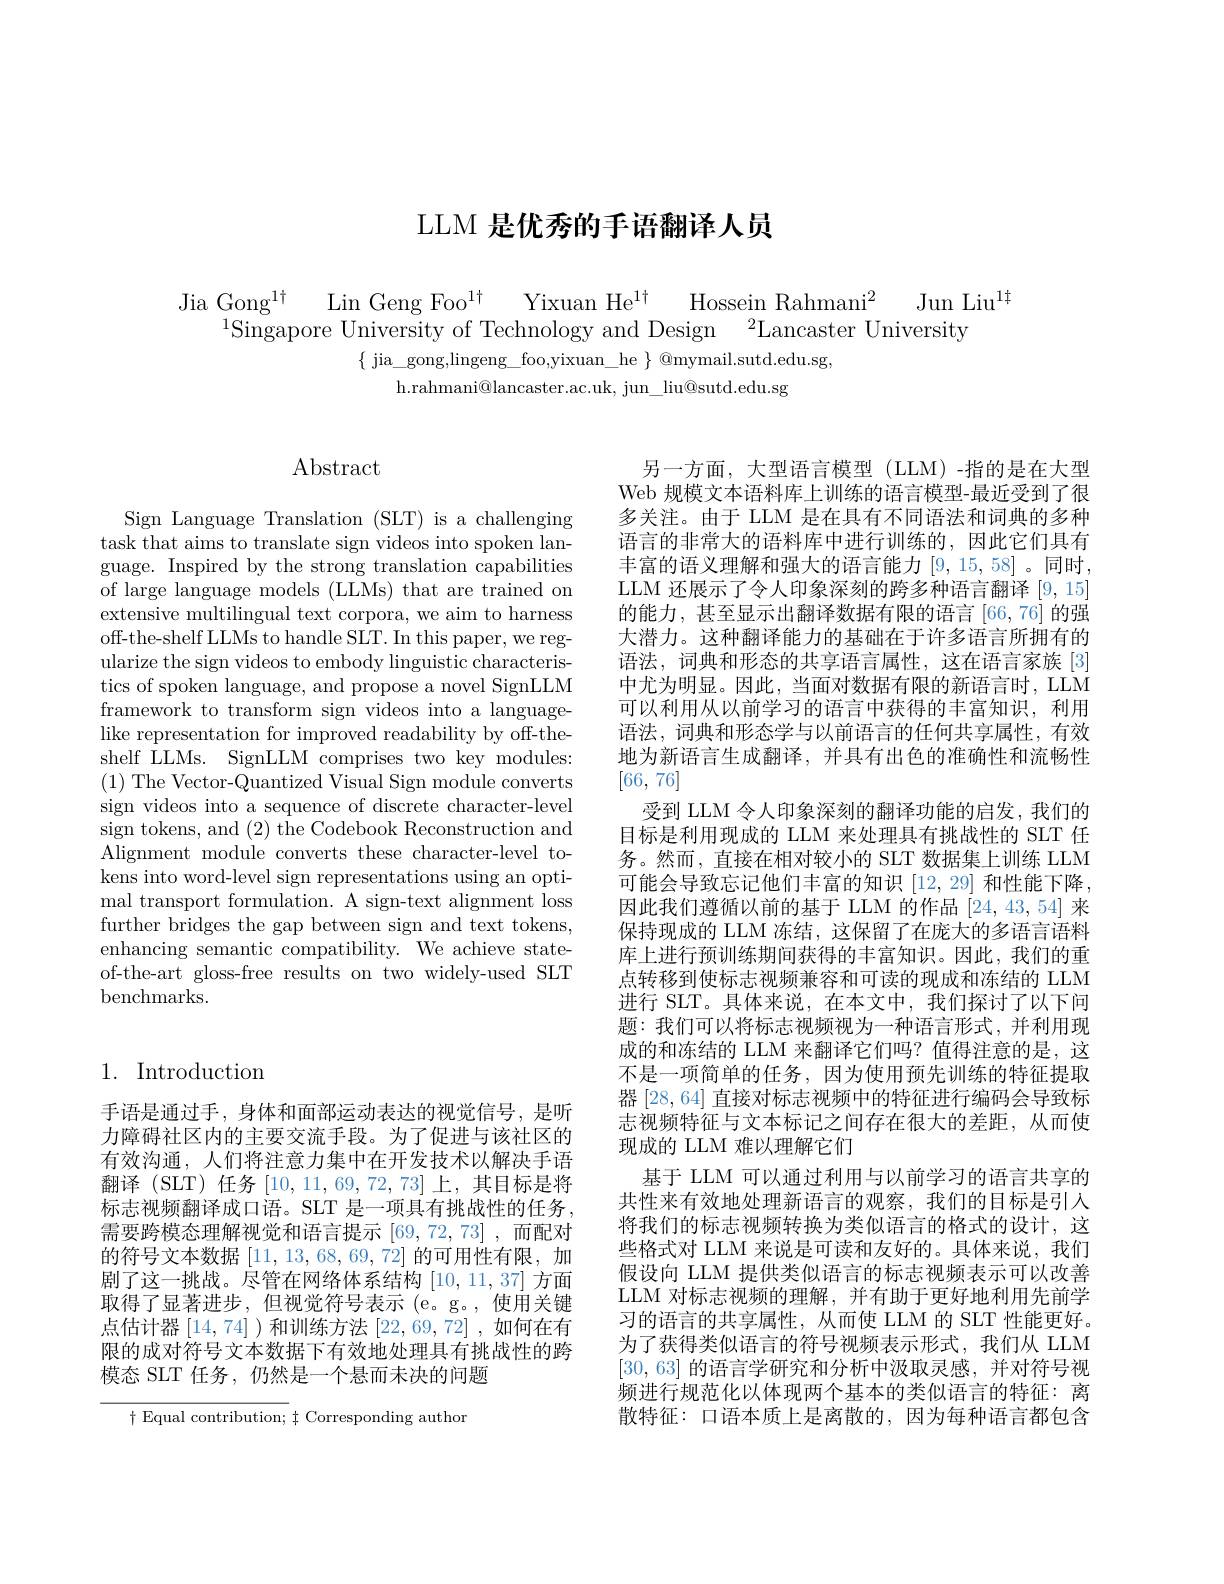
# LLM 是优秀的手语翻译人员

$\{$ jia\_gong,lingeng\_foo,yixuan\_he $\}$ @mymail.sutd.edu.sg,
h.rahmani@lancaster.ac.uk, jun\_liu@sutd.edu.sg

## Abstract

Sign Language Translation (SLT) is a challenging task that aims to translate sign videos into spoken language. Inspired by the strong translation capabilities of large language models (LLMs) that are trained on extensive multilingual text corpora, we aim to harness off-the-shelf LLMs to handle SLT. In this paper, we regularize the sign videos to embody linguistic characteristics of spoken language, and propose a novel SignLLM framework to transform sign videos into a languagelike representation for improved readability by off-theshelf LLMs. SignLLM comprises two key modules: $(1){\mathrm{~The~Vector-Quantized~Visual~Sign~module~converts}}$ sign videos into a sequence of discrete character-level sign tokens, and (2) the Codebook Reconstruction and Alignment module converts these character-level tokens into word-level sign representations using an optimal transport formulation. A sign-text alignment loss further bridges the gap between sign and text tokens, enhancing semantic compatibility. We achieve stateof-the-art gloss-free results on two widely-used SLT benchmarks.

另一方面，大型语言模型 (LLM)-指的是在大型Web 规模文本语料库上训练的语言模型-最近受到了很多关注。由于 LLM 是在具有不同语法和词典的多种语言的非常大的语料库中进行训练的，因此它们具有丰富的语义理解和强大的语言能力[9,15,58] 。同时， LLM 还展示了令人印象深刻的跨多种语言翻译[9,15] 的能力，甚至显示出翻译数据有限的语言[66,76] 的强大潜力。这种翻译能力的基础在于许多语言所拥有的语法，词典和形态的共享语言属性，这在语言家族[3] 中尤为明显。因此，当面对数据有限的新语言时，LLM 可以利用从以前学习的语言中获得的丰富知识，利用语法，词典和形态学与以前语言的任何共享属性，有效地为新语言生成翻译，并具有出色的准确性和流畅性[66,76]
受到 LLM 令人印象深刻的翻译功能的启发，我们的目标是利用现成的 LLM 来处理具有挑战性的 SLT 任务。然而，直接在相对较小的 SLT 数据集上训练 LLM 可能会导致忘记他们丰富的知识[12,29]和性能下降， 因此我们遵循以前的基于 LLM 的作品 [24,43,54] 来保持现成的 LLM 冻结，这保留了在庞大的多语言语料库上进行预训练期间获得的丰富知识。因此，我们的重点转移到使标志视频兼容和可读的现成和冻结的 LLM 进行 SLT。具体来说，在本文中，我们探讨了以下间题：我们可以将标志视频视为一种语言形式，并利用现成的和冻结的 LLM 来翻译它们吗？值得注意的是，这不是一项简单的任务，因为使用预先训练的特征提取器 [28,64] 直接对标志视频中的特征进行编码会导致标志视频特征与文本标记之间存在很大的差距，从而使现成的 LLM 难以理解它们
基于 LLM 可以通过利用与以前学习的语言共享的共性来有效地处理新语言的观察，我们的目标是引入将我们的标志视频转换为类似语言的格式的设计，这些格式对 LLM 来说是可读和友好的。具体来说，我们假设向 LLM 提供类似语言的标志视频表示可以改善LLM 对标志视频的理解，并有助于更好地利用先前学习的语言的共享属性，从而使 LLM 的 SLT 性能更好。为了获得类似语言的符号视频表示形式，我们从 LLM [30,63]的语言学研究和分析中汲取灵感，并对符号视频进行规范化以体现两个基本的类似语言的特征：离散特征：口语本质上是离散的，因为每种语言都包含

## 1. Introduction

手语是通过手，身体和面部运动表达的视觉信号，是听力障碍社区内的主要交流手段。为了促进与该社区的有效沟通，人们将注意力集中在开发技术以解决手语翻译 (SLT) 任务[10,11,69,72,73]上，其目标是将标志视频翻译成口语。SLT 是一项具有挑战性的任务， 需要跨模态理解视觉和语言提示 [69,72,73],而配对的符号文本数据$[11,13,68,69,\dot{72}]$的可用性有限，加剧了这一挑战。尽管在网络体系结构[10,11,37]方面取得了显著进步，但视觉符号表示 (e。g。,使用关键点估计器[14,74] )和训练方法[22,69,72] ,如何在有限的成对符号文本数据下有效地处理具有挑战性的跨模态 SLT 任务，仍然是一个悬而未决的问题

$\dagger$ Equal contribution; $\dagger$ Corresponding author